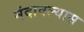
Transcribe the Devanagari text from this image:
मंदावल्यास